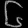
Digit: ၆